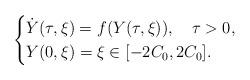
LaTeX: \begin{align*}\begin{cases}\dot{Y} (\tau , \xi) = f( Y(\tau , \xi )),\ \ \ \tau >0,\\Y(0, \xi)=\xi \in [-2C_0 ,2C_0].\end{cases} \end{align*}